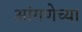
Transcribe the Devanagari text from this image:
आंगणेच्या